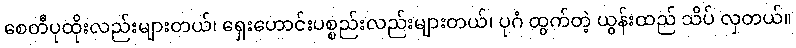
စေတီပုထိုးလည်းများတယ်၊ ရှေးဟောင်းပစ္စည်းလည်းများတယ်၊ ပုဂံ ထွက်တဲ့ ယွန်းထည် သိပ် လှတယ်။